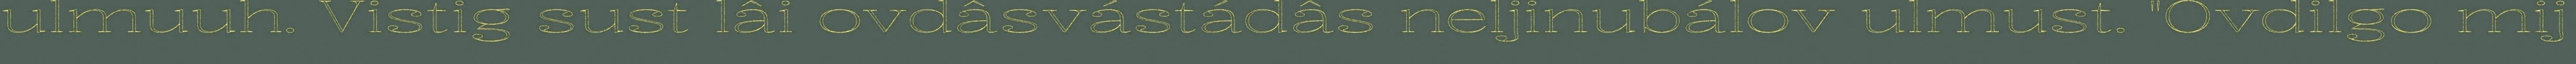
ulmuuh. Vistig sust lâi ovdâsvástádâs neljinubálov ulmust. "Ovdilgo mij